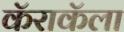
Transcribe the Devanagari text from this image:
कॅराकॅला